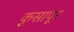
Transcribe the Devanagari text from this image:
कुसापूर